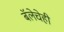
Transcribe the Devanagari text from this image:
बॅलेचेही